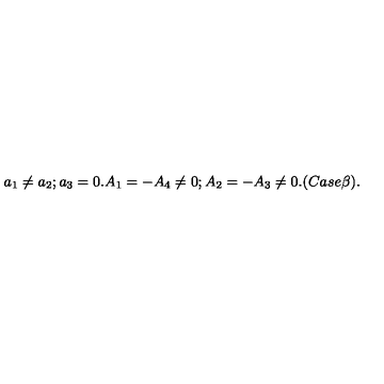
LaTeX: a _ { 1 } \neq a _ { 2 } ; a _ { 3 } = 0 . A _ { 1 } = - A _ { 4 } \neq 0 ; A _ { 2 } = - A _ { 3 } \neq 0 . ( C a s e \beta ) .